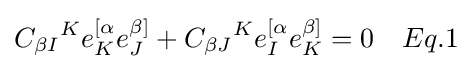
{C_{\beta I}}^{K}e_{K}^{[\alpha }e_{J}^{\beta ]}+{C_{\beta J}}^{K}e_{I}^{[\alpha }e_{K}^{\beta ]}=0\quad Eq.1